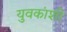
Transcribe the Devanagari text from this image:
युवकांशी